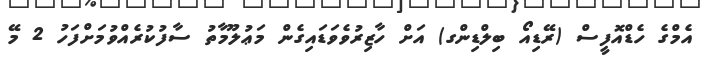
އެމްގެ ހެޑްއޮފީސް (ރޭޑިއޯ ބިލްޑިންގ) އަށް ހާޒިރުވެވަޑައިގެން މަޢުލޫމާތު ސާފުކުރެއްވުމަށްފަހު 2 މޭ